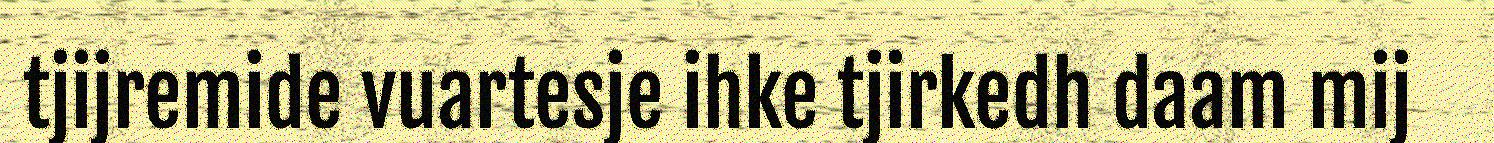
tjijremide vuartesje ihke tjirkedh daam mij